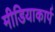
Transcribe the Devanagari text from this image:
मीडियाकार्प